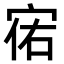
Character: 𫳌